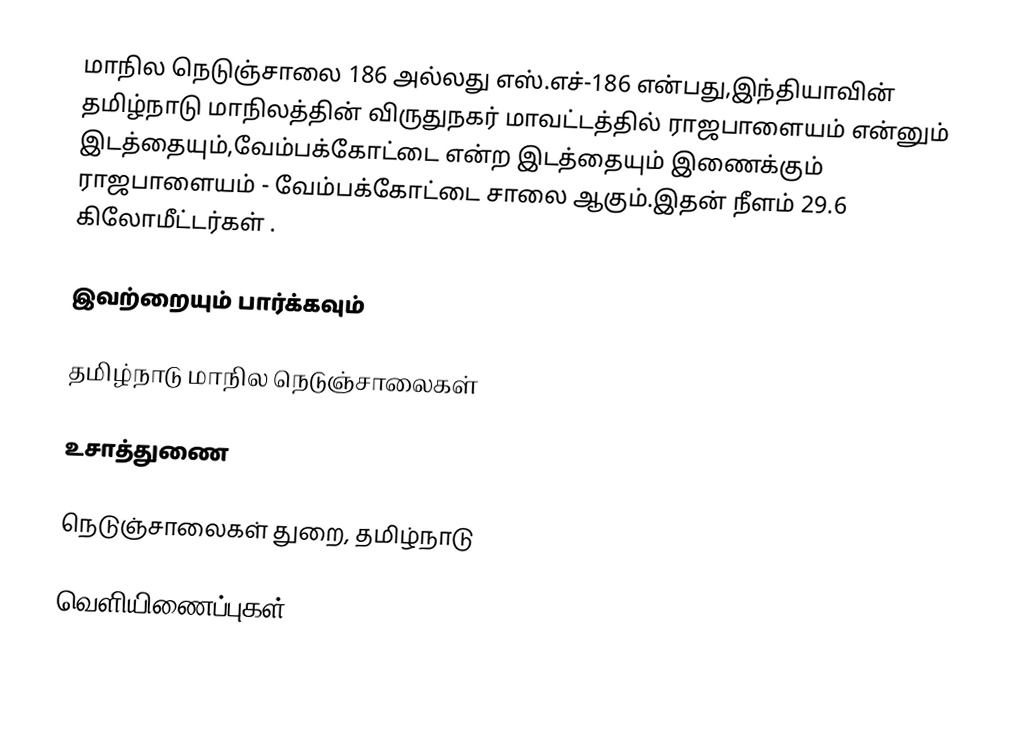
மாநில நெடுஞ்சாலை 186 அல்லது எஸ்.எச்-186  என்பது,இந்தியாவின் தமிழ்நாடு மாநிலத்தின்  விருதுநகர் மாவட்டத்தில்  ராஜபாளையம்  என்னும் இடத்தையும்,வேம்பக்கோட்டை  என்ற இடத்தையும் இணைக்கும் ராஜபாளையம் - வேம்பக்கோட்டை சாலை ஆகும்.இதன் நீளம் 29.6  கிலோமீட்டர்கள் .

இவற்றையும் பார்க்கவும்

 தமிழ்நாடு மாநில நெடுஞ்சாலைகள்

உசாத்துணை

 நெடுஞ்சாலைகள் துறை, தமிழ்நாடு

வெளியிணைப்புகள்